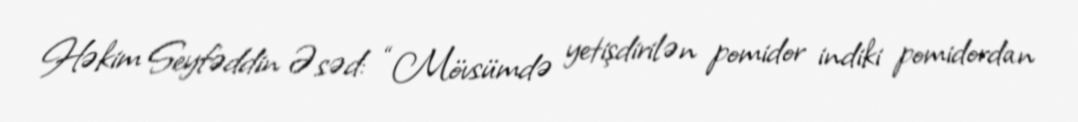
Həkim Seyfəddin Əsəd: “Mövsümdə yetişdirilən pomidor indiki pomidordan